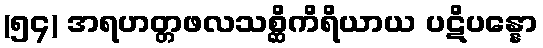
(၅၄) အရဟတ္တဖလသစ္ဆိကိရိယာယ ပဋိပန္နော